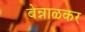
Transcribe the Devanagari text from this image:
बेन्नाळकर